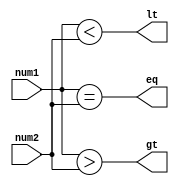
module sixteen_bit_comparator (
    input [15:0] num1,
    input [15:0] num2,
    output lt, // less than
    output eq, // equal to
    output gt // greater than
);

assign lt = | (num1 < num2);
assign eq = | (num1 == num2);
assign gt = | (num1 > num2);

endmodule